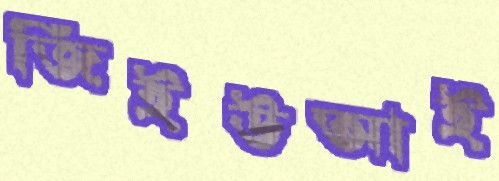
জিইউআই